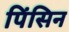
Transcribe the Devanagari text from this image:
पिंसिन